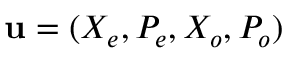
\mathbf { u } = ( X _ { e } , P _ { e } , X _ { o } , P _ { o } )